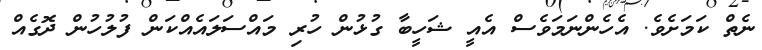
ނެތް ކަމަށެވެ. އެހެންނަމަވެސް އެއީ ޝަހީބާ ގުޅުން ހުރި މައްސަލައެއްކަން ފުލުހުން ދޮގެއް